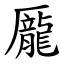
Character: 龎